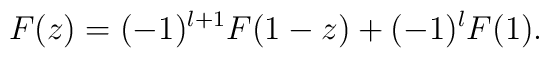
F(z) = (-1)^{l+1}F(1-z) + (-1)^lF(1).